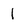
Character: 1